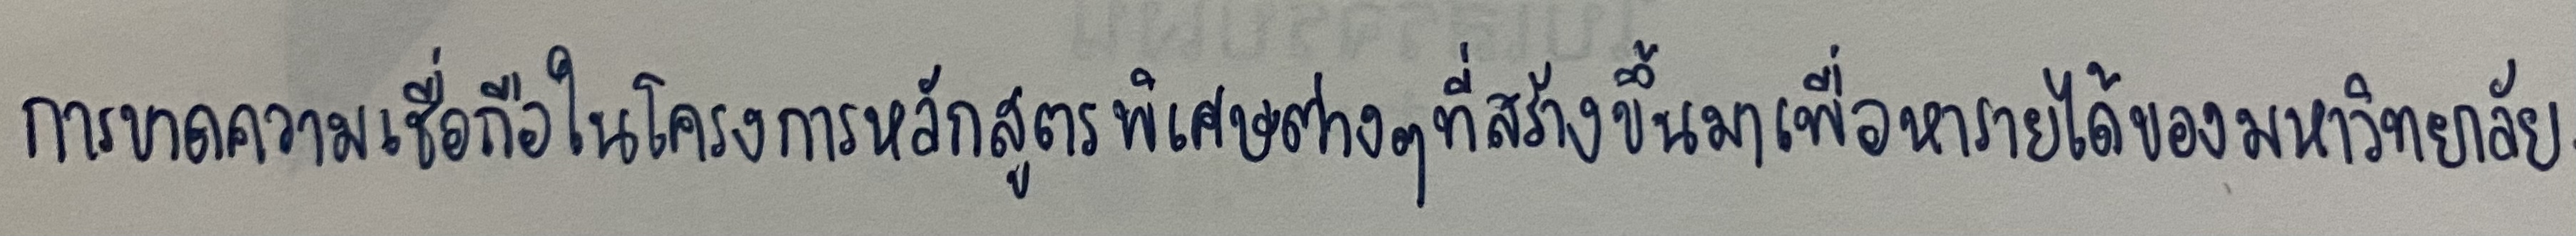
การขาดความเชื่อถือในโครงการหลักสูตรพิเศษต่างๆที่สร้างขึ้นมาเพื่อหารายได้ของมหาวิทยาลัย